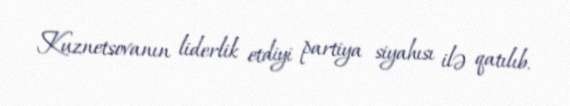
Kuznetsovanın liderlik etdiyi partiya siyahısı ilə qatılıb.